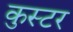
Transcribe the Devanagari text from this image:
कुस्टर